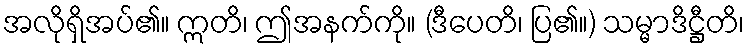
အလိုရှိအပ်၏။ ဣတိ၊ ဤအနက်ကို။ (ဒီပေတိ၊ ပြ၏။) သမ္မာဒိဋ္ဌီတိ၊